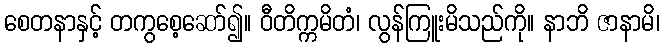
စေတနာနှင့် တကွစေ့ဆော်၍။ ဝီတိက္ကမိတံ၊ လွန်ကြူးမိသည်ကို။ နာဘိ ဇာနာမိ၊